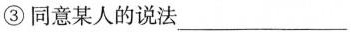
③同意某人的说法___